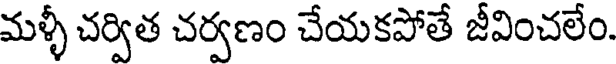
మళ్ళీ చర్విత చర్వణం చేయకపోతే జీవించలేం.